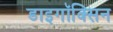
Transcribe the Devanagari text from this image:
डाइगॉक्सिन